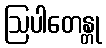
ဩပါတေန္တု